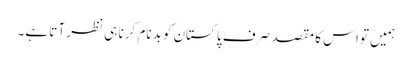
ہمیں تو اس کا مقصد صرف پاکستان کو بدنام کرنا ہی نظر آتا ہے۔